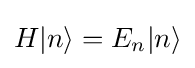
H|n\rangle =E_{n}|n\rangle